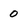
Character: 0